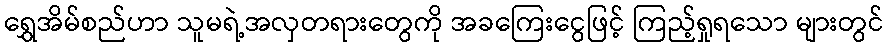
ရွှေအိမ်စည်ဟာ သူမရဲ့အလှတရားတွေကို အခကြေးငွေဖြင့် ကြည့်ရှုရသော များတွင်